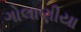
ગોલાણીયા